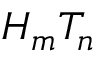
H _ { m } T _ { n }